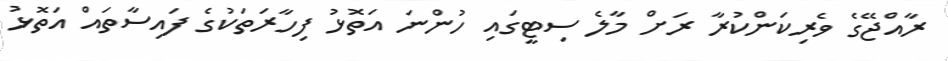
ރާއްޖޭގެ ވެރިކަންކުރާ ރަށް މާލެ ސިޓީގައި ހުންނަ އަތޮޅު ފިހާރަތަކުގެ ފައިސާތައް އަތޮޅު